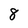
Character: 8